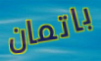
باتمان